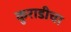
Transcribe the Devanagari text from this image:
कुराडीचा